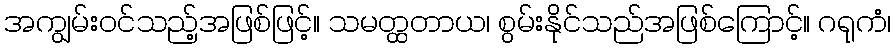
အကျွမ်းဝင်သည့်အဖြစ်ဖြင့်။ သမတ္ထတာယ၊ စွမ်းနိုင်သည်အဖြစ်ကြောင့်။ ဂရုကံ၊